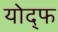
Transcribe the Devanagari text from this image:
योद्फ